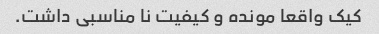
کیک واقعا مونده و کیفیت نا مناسبی داشت.